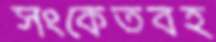
সংকেতবহ